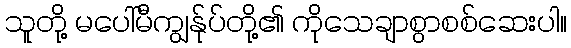
သူတို့ မပေါ်မီကျွန်ုပ်တို့၏ ကိုသေချာစွာစစ်ဆေးပါ။